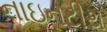
નાઇનટીથ